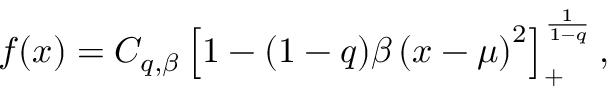
f ( x ) = C _ { q , \beta } \left[ 1 - ( 1 - q ) \beta \left( x - \mu \right) ^ { 2 } \right] _ { + } ^ { \frac { 1 } { 1 - q } } ,